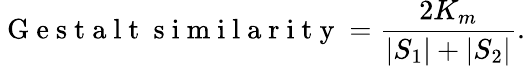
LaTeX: \mathrm{~G~e~s~t~a~l~t~\ s~i~m~i~l~a~r~i~t~y~}=\frac{2K_{m}}{|S_{1}|+|S_{2}|}.